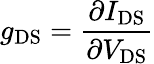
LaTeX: g_{\mathrm{DS}}={\frac{\partial I_{\mathrm{DS}}}{\partial V_{\mathrm{DS}}}}